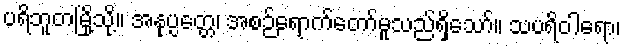
ပရိဘူတမြို့သို့။ အနုပ္ပတ္တေ၊ အစဉ်ရောက်တော်မူသည်ရှိသော်။ သပရိဝါရော၊